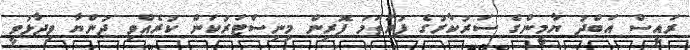
ރައީސް އަބްދު ޔާމީންގެ ސަރުކާރުގެ ފުރަތަމަ ފޮރިން މިނިސްޓަރުކަން ކުރެއްވި ދުންޔާ ވިދާޅުވީ